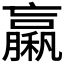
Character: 𥢵